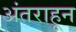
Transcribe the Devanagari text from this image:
अंतराहून